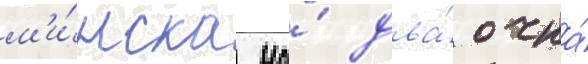
м'и́нска на́ два́ очка́